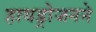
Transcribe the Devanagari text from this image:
हायड्रोजनने